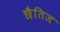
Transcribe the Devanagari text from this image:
छैतिज